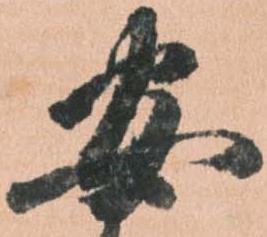
安